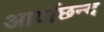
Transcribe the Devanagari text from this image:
आर्याछन्द